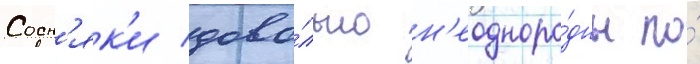
Сосн'як'и дово́льно н'еодноро́дны по́